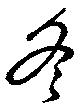
冬